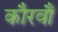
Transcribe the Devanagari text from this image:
कौरवौं